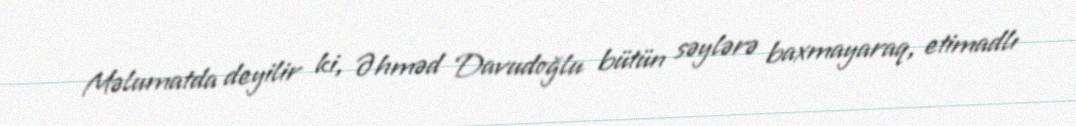
Məlumatda deyilir ki, Əhməd Davudoğlu bütün səylərə baxmayaraq, etimadlı